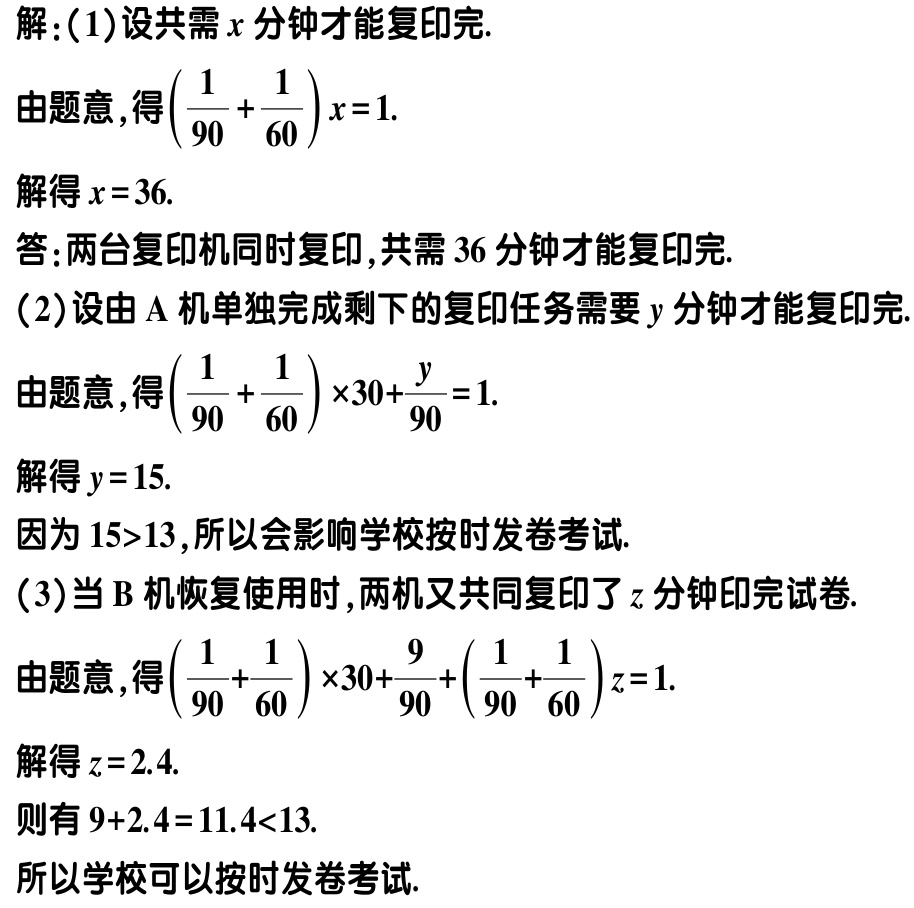
解：(1)设共需\(x\)分钟才能复印完.

由题意，得\((\frac{1}{90} + \frac{1}{60})x = 1\).

解得\(x = 36\).

答：两台复印机同时复印，共需\(36\)分钟才能复印完.

(2)设由\(A\)机单独完成剩下的复印任务需要\(y\)分钟才能复印完.

由题意，得\((\frac{1}{90} + \frac{1}{60})\times30+\frac{y}{90} = 1\).

解得\(y = 15\).

因为\(15>13\)，所以会影响学校按时发卷考试.

(3)当\(B\)机恢复使用时，两机又共同复印了\(z\)分钟印完试卷.

由题意，得\((\frac{1}{90}+\frac{1}{60})\times30+\frac{9}{90}+(\frac{1}{90} + \frac{1}{60})z = 1\).

解得\(z = 2.4\).

则有\(9 + 2.4 = 11.4<13\).

所以学校可以按时发卷考试.